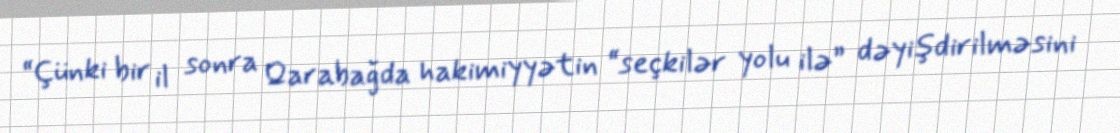
“Çünki bir il sonra Qarabağda hakimiyyətin “seçkilər yolu ilə” dəyişdirilməsini